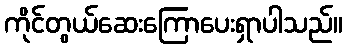
ကိုင်တွယ်ဆေးကြောပေးရှာပါသည်။